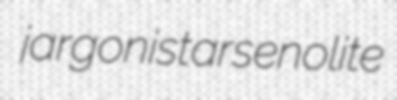
jargonist arsenolite